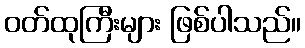
ဝတ်ထုကြီးများ ဖြစ်ပါသည်။